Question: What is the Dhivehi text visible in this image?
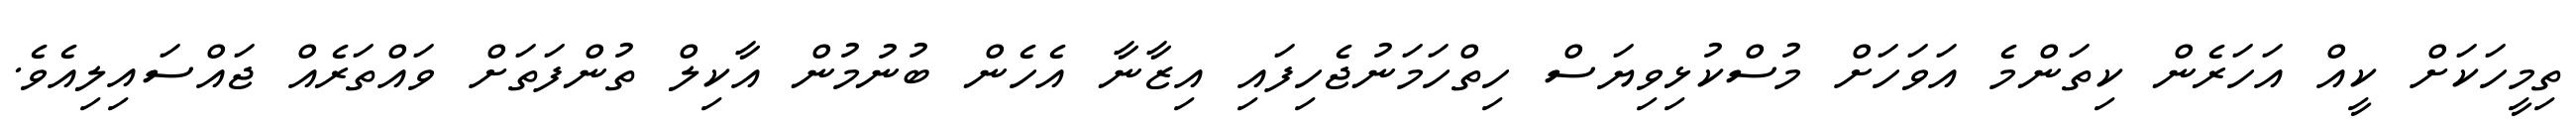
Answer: ތިމީހަކަށް ކީއް އަހަރެން ކިތަންމެ އަވަހަށް މުސްކުޅިވިޔަސް ހިތްހަމަނުޖެހިފައި އިޒާނާ އެހެން ބުނުމުން އާކިލް ތުންފަތަށް ވައްތަރެއް ޖައްސައިލިއެވެ.